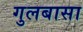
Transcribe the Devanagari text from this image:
गुलबासा